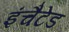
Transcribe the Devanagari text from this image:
इंचैटेड